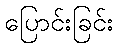
ပြောင်းခြင်း